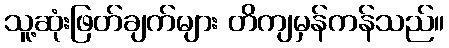
သူ့ဆုံးဖြတ်ချက်များ တိကျမှန်ကန်သည်။